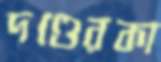
দণ্ডেরকা